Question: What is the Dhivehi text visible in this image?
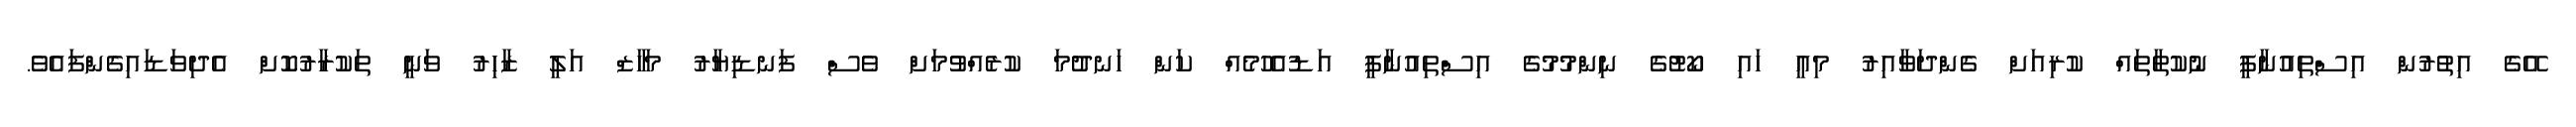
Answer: އޭގެ އިތުރުން އިސްތިއުނާފީ ނުކުތާތައް ކުރިއަށް ގެންދަވާއިރު މިއީ ހައި ކޯޓުގެ ނިންމުމުގެ އިސްތިއުނާފީ އަޑުއެހުމެއް ކަން ހަނދުމަ ކުރެއްވުމަށް ވެސް ފަނޑިޔާރު މަހާޒް އަލީ ޒާހިރު ވަނީ ތަކުރާރުކޮށް އެދިވަޑައިގެންފައެވެ.